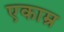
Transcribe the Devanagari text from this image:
एकाम्र